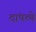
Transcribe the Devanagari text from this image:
दांपत्ये